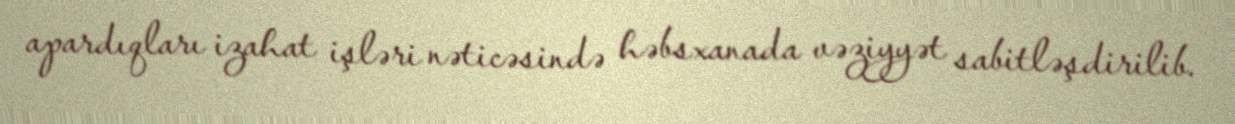
apardıqları izahat işləri nəticəsində həbsxanada vəziyyət sabitləşdirilib.